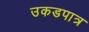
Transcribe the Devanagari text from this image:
उकडपात्र